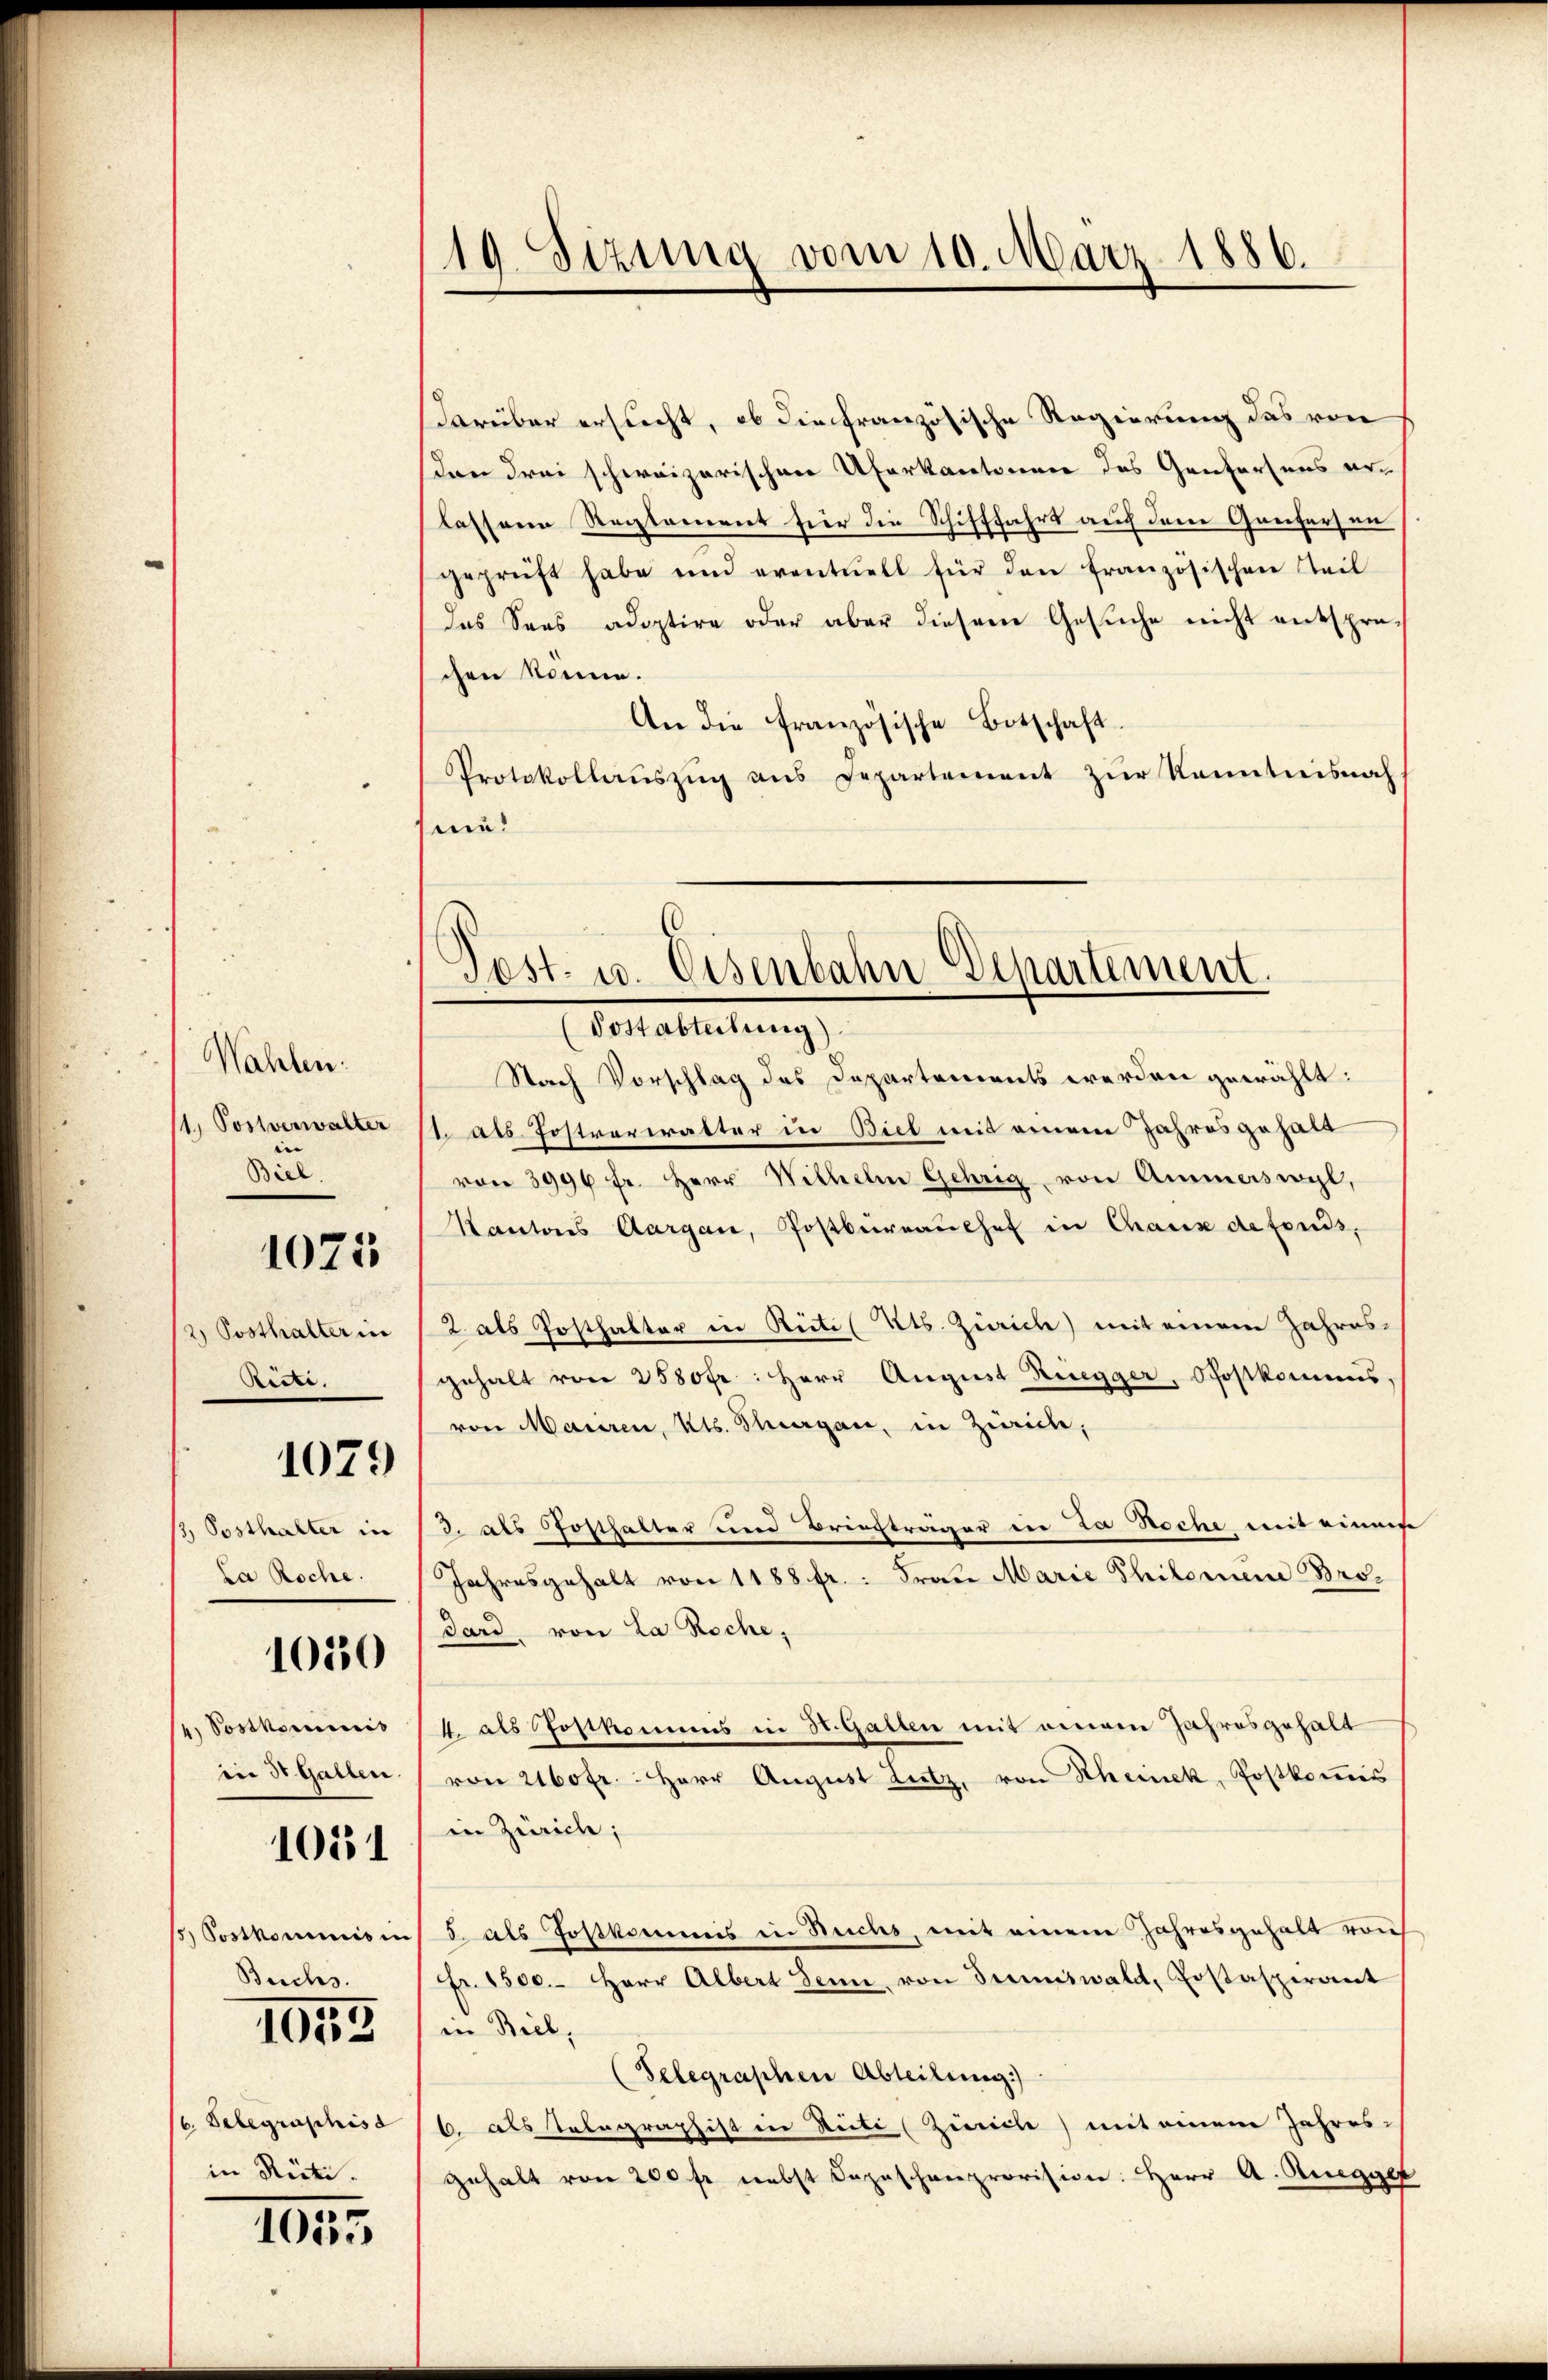
Wahlen:
1) Postverwalter

Biel
1075
2) Posthalter in
Risti

1079

2, Posthalter in
La Roche.
4. Postkomicis
in St. Gallen.

1050

1051

1) Postkommnis in
Beichs.
/6. Telegraphis
in Rücke.

1055

1055

19. Sizung vom 10. März 1886.

Pest. u. Eisenbahn Departement.

darüber ersucht, ob die französische Regierung das von
don drei schweizerischen Uferkantonen des Genfertens erlassene Rectement fier die Schifffahrt auch dem Greifersen
geprüft habe und eventuell für den französischen Teil
das Sees adoptire oder aber diesem Gesuche nicht entsprechen könne.
An die französische Botschaft
Protokollaŭszŭg ans Departement zŭr Kenntnisnah
ein!
Postabteilung)
Nach Vorschlag des Departements werden gewählt:
1. als Postrariatter in Biel mit einem Jahres gehalt
von 3996 fr. Herr Wilhelm Gehrig von Ammerswyl,
Kantons Aargau, Postbüreaŭshof in Chaux de fonds,
2 als Posthalter in Reitil Kts. Zürich) mit einem Jahres-
gehalt von 2580fr: Herr August Riegger, Postkommis
von Mariren, Kts. Sargau, in Zürich,
/3. als Posthalter und Breichträger in La Roche mit einige
Jahresgehalt von 1188 fr.: Frau Marie Philomene Bro¬
Dard, von La Roche,
4. als Postkommis in St. Gatten mit einem Jahresgehalt
von 2160 fr.: Herr August Lutz, von Scheinek, Postkommis
in Zürich;
5 als Postkommis in Buchs, mit einem Jahresgehalt vorh
fr. 1500. Herr Albert Senn, von Summiswald, Costaspirant
(in Biel,
(Telegraphen Abteilung)
6. als Telegraphist in Seite (Zivile) mit einem Jahres-
gehalt von 200 fr nebst Depeschenprovision. Herr A. Augge